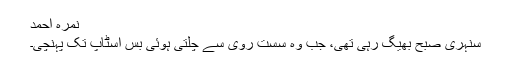
نمرہ احمد
سنہری صبح بھیگ رہی تھی، جب وہ سست روی سے چلتی ہوئی بس اسٹاپ تک پہنچی۔